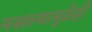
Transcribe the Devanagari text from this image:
नसल्यामुळेही